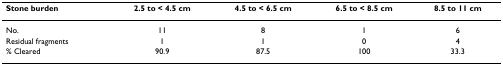
<table><thead><tr><td><b>Stone burden</b></td><td><b>2.5 to &lt; 4.5 cm</b></td><td><b>4.5 to &lt; 6.5 cm</b></td><td><b>6.5 to &lt; 8.5 cm</b></td><td><b>8.5 to 11 cm</b></td></tr></thead><tbody><tr><td>No.</td><td>11</td><td>8</td><td>1</td><td>6</td></tr><tr><td>Residual fragments</td><td>1</td><td>1</td><td>0</td><td>4</td></tr><tr><td>% Cleared</td><td>90.9</td><td>87.5</td><td>100</td><td>33.3</td></tr></tbody></table>